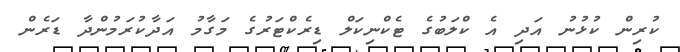
ކުރިން ކުޅުނު އަދި އެ ކްލަބުގެ ޓެކްނިކަލް ޑިރެކްޓަރުގެ މަގާމު އަދާކުރަމުންދާ ޑަރެން